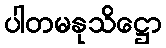
ပါတမနုသိဋ္ဌော